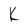
Character: K